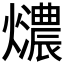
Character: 𤒚